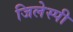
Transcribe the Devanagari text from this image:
जिलेस्पी